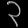
Digit: ၃